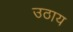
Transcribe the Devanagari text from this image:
उठाय